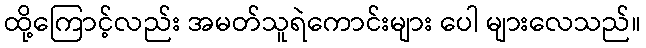
ထို့ကြောင့်လည်း အမတ်သူရဲကောင်းများ ပေါ များလေသည်။